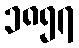
၁၈၅၇